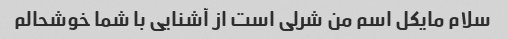
سلام مایکل اسم من شرلی است از آشنایی با شما خوشحالم